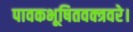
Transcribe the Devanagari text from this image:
पावकभूषितवक्त्रवरे।